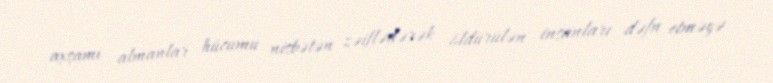
axşamı almanlar hücumu nisbətən zəiflədərək öldürülən insanları dəfn etməyə